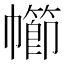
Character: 幯